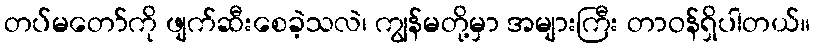
တပ်မတော်ကို ဖျက်ဆီးစေခဲ့သလဲ၊ ကျွန်မတို့မှာ အများကြီး တာဝန်ရှိပါတယ်။